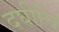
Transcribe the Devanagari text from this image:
दघीचि